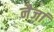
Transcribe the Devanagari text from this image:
नैजां